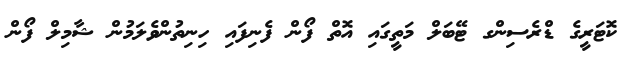
ކޮޓަރީގެ ޑްރެސިންގ ޓޭބަލް މަތީގައި އޮތް ފޯން ފެނިފައި ހިނިތުންވެލަމުން ޝާމިލް ފޯން